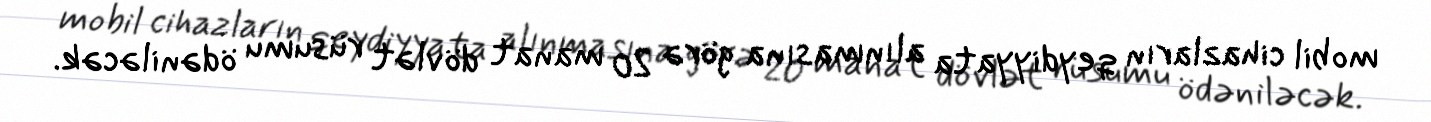
mobil cihazların qeydiyyata alınmasına görə 20 manat dövlət rüsumu ödəniləcək.